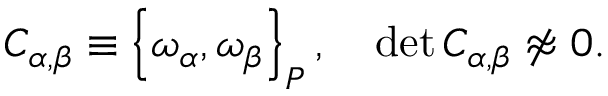
C _ { \alpha , \beta } \equiv \left\{ \omega _ { \alpha } , \omega _ { \beta } \right\} _ { P } , \quad \operatorname * { d e t } C _ { \alpha , \beta } \not \approx 0 .